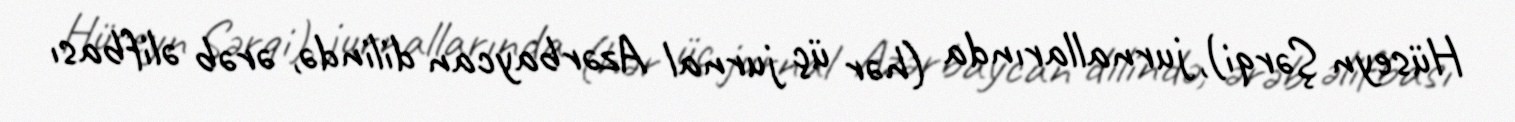
Hüseyn Şərqi), jurnallarında (hər üç jurnal Azərbaycan dilində, ərəb əlifbası